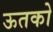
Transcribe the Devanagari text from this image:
ऊतको